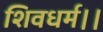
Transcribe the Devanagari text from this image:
शिवधर्म।।